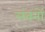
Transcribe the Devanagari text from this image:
लंबनों